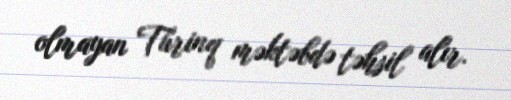
olmayan Türinq məktəbdə təhsil alır.